Indian journal of veterinary science and animal husbandry - Volumes 15-17, 1948-1951
Year: 1948
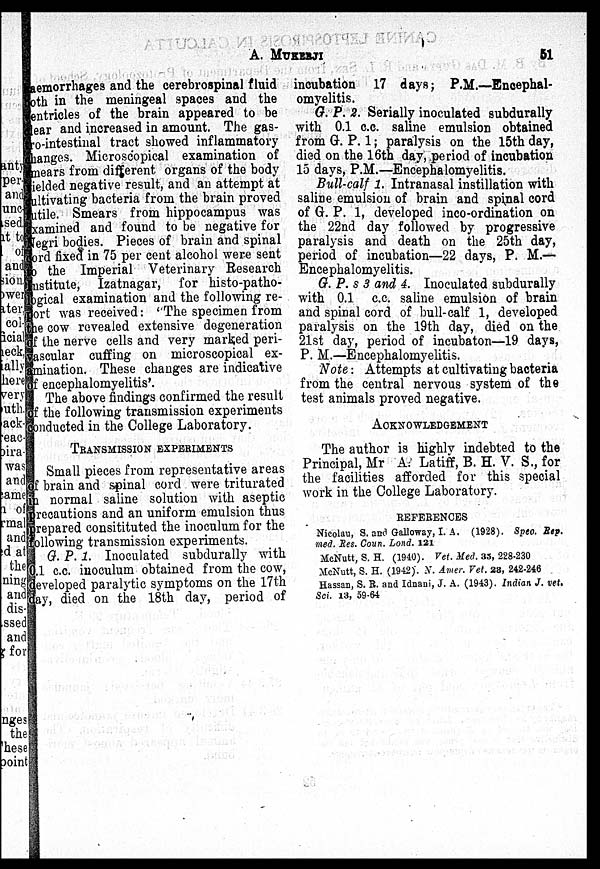
A.
MUKERJI
51
aemorrhages and the cerebrospinal fluid
both in the meningeal spaces and the
ventricles of the brain appeared to be
clear and increased in amount. The gas-
tro-intestinal tract showed inflammatory
changes. Microscopical examination of
mears from different organs of the body
yielded negative result, and an attempt at
cultivating bacteria from the brain proved
futile. Smears from hippocampus was
examined and found to be negative for
Negri bodies. Pieces of brain and spinal
cord fixed in 75 per cent alcohol were sent
to the Imperial Veterinary Research
Institute, Izatnagar, for histo-patho-
logical examination and the following re-
port was received: "The specimen from
the cow revealed extensive degeneration
of the nerve cells and very marked peri-
vascular cuffing on microscopical ex-
amination. These changes are indicative
of encephalomyelitis'.
The above findings confirmed the result
of the following transmission experiments
conducted in the College Laboratory.
TRANSMISSION EXPERIMENTS
Small pieces from representative areas
of brain and spinal cord were triturated
in normal saline solution with aseptic
precautions and an uniform emulsion thus
prepared consitituted the inoculum for the
following transmission experiments.
G. P. 1. Inoculated subdurally with
0.1 c.c. inoculum obtained from the cow,
developed paralytic symptoms on the 17th
day, died on the 18th day, period of
incubation 17 days; P.M.—Encephal-
omyelitis.
G. P. 2. Serially inoculated subdurally
with 0.1 c.c. saline emulsion obtained
from G. P. 1; paralysis on the 15th day,
died on the 16th day, period of incubation
15 days, P.M.—Encephalomyelitis.
Bull-calf 1. Intranasal instillation with
saline emulsion of brain and spinal cord
of G. P. 1, developed inco-ordination on
the 22nd day followed by progressive
paralysis and death on the 25th day,
period of incubation—22 days, P. M.—
Encephalomyelitis.
G. P. s 3 and 4. Inoculated subdurally
with 0.1 c.c. saline emulsion of brain
and spinal cord of bull-calf 1, developed
paralysis on the 19th day, died on the
21st day, period of incubaton—19 days,
P. M.—Encephalomyelitis.
Note: Attempts at cultivating bacteria
from the central nervous system of the
test animals proved negative.
ACKNOWLEDGEMENT
The author is highly indebted to the
Principal, Mr A. Latiff, B. H. V. S., for
the facilities afforded for this special
work in the College Laboratory.
REFERENCES
Nicolau, S. and Galloway, I. A. (1928). Spec Rep.
med. Res. Coun. Lond. 121
McNutt, S. H. (1940). Vet. Med. 35, 228-230
McNutt, S. H. (1942). N. Amer. Vet. 28, 242-246
Hassan, S. R. and Idnani, J. A. (1943). Indian J. vet,
Sci. 13, 59-64